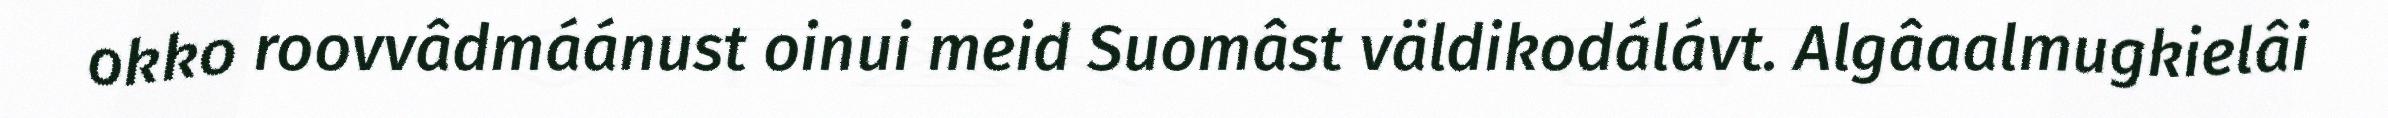
okko roovvâdmáánust oinui meid Suomâst väldikodálávt. Algâaalmugkielâi